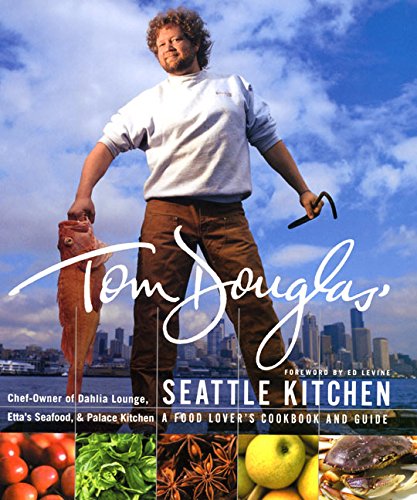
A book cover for Tom Douglas' Seattle Kitchen; Tom Douglas; Cookbooks, Food & Wine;